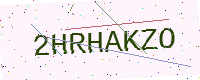
Text: 2HRHAKZO